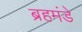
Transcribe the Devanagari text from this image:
ब्रहमंडे